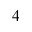
4